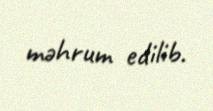
məhrum edilib.